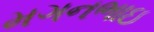
મગનભાઇ